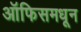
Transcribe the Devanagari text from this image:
ऑफिसमधून